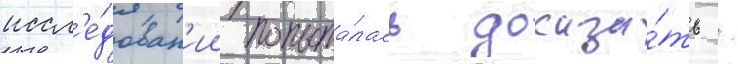
иссл'е́дован'ии попыта́лась доказа́ть /